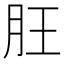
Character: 䏕